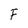
Character: F